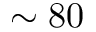
\sim 8 0